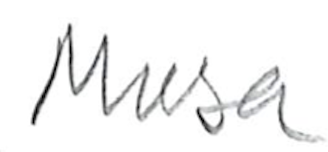
Text: Musa
Cross-out: clean
Writing tool: pencil